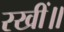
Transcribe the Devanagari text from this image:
रखीं॥